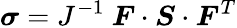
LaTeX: {\boldsymbol{\sigma}}=J^{-1}~{\boldsymbol{F}}\cdot{\boldsymbol{S}}\cdot{\boldsymbol{F}}^{T}